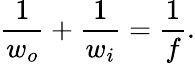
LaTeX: \frac{1}{w_{o}}+\frac{1}{w_{i}}=\frac{1}{f}.